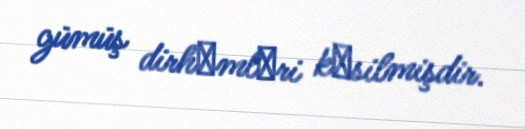
gümüş dirhәmlәri kәsilmişdir.